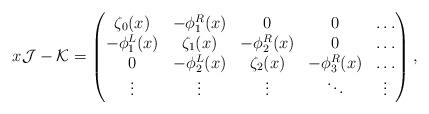
LaTeX: \begin{align*}x\mathcal{J}-\mathcal{K} = \begin{pmatrix}\zeta_{0}(x) &-\phi_{1}^{R}(x) & 0 & 0 & \ldots \\-\phi_{1}^{L}(x) & \zeta_{1}(x) & -\phi_{2}^{R}(x) & 0 & \ldots \\0 & -\phi_{2}^{L}(x) & \zeta_{2}(x) & -\phi_{3}^{R}(x) & \ldots \\\vdots& \vdots & \vdots & \ddots & \vdots\end{pmatrix},\end{align*}